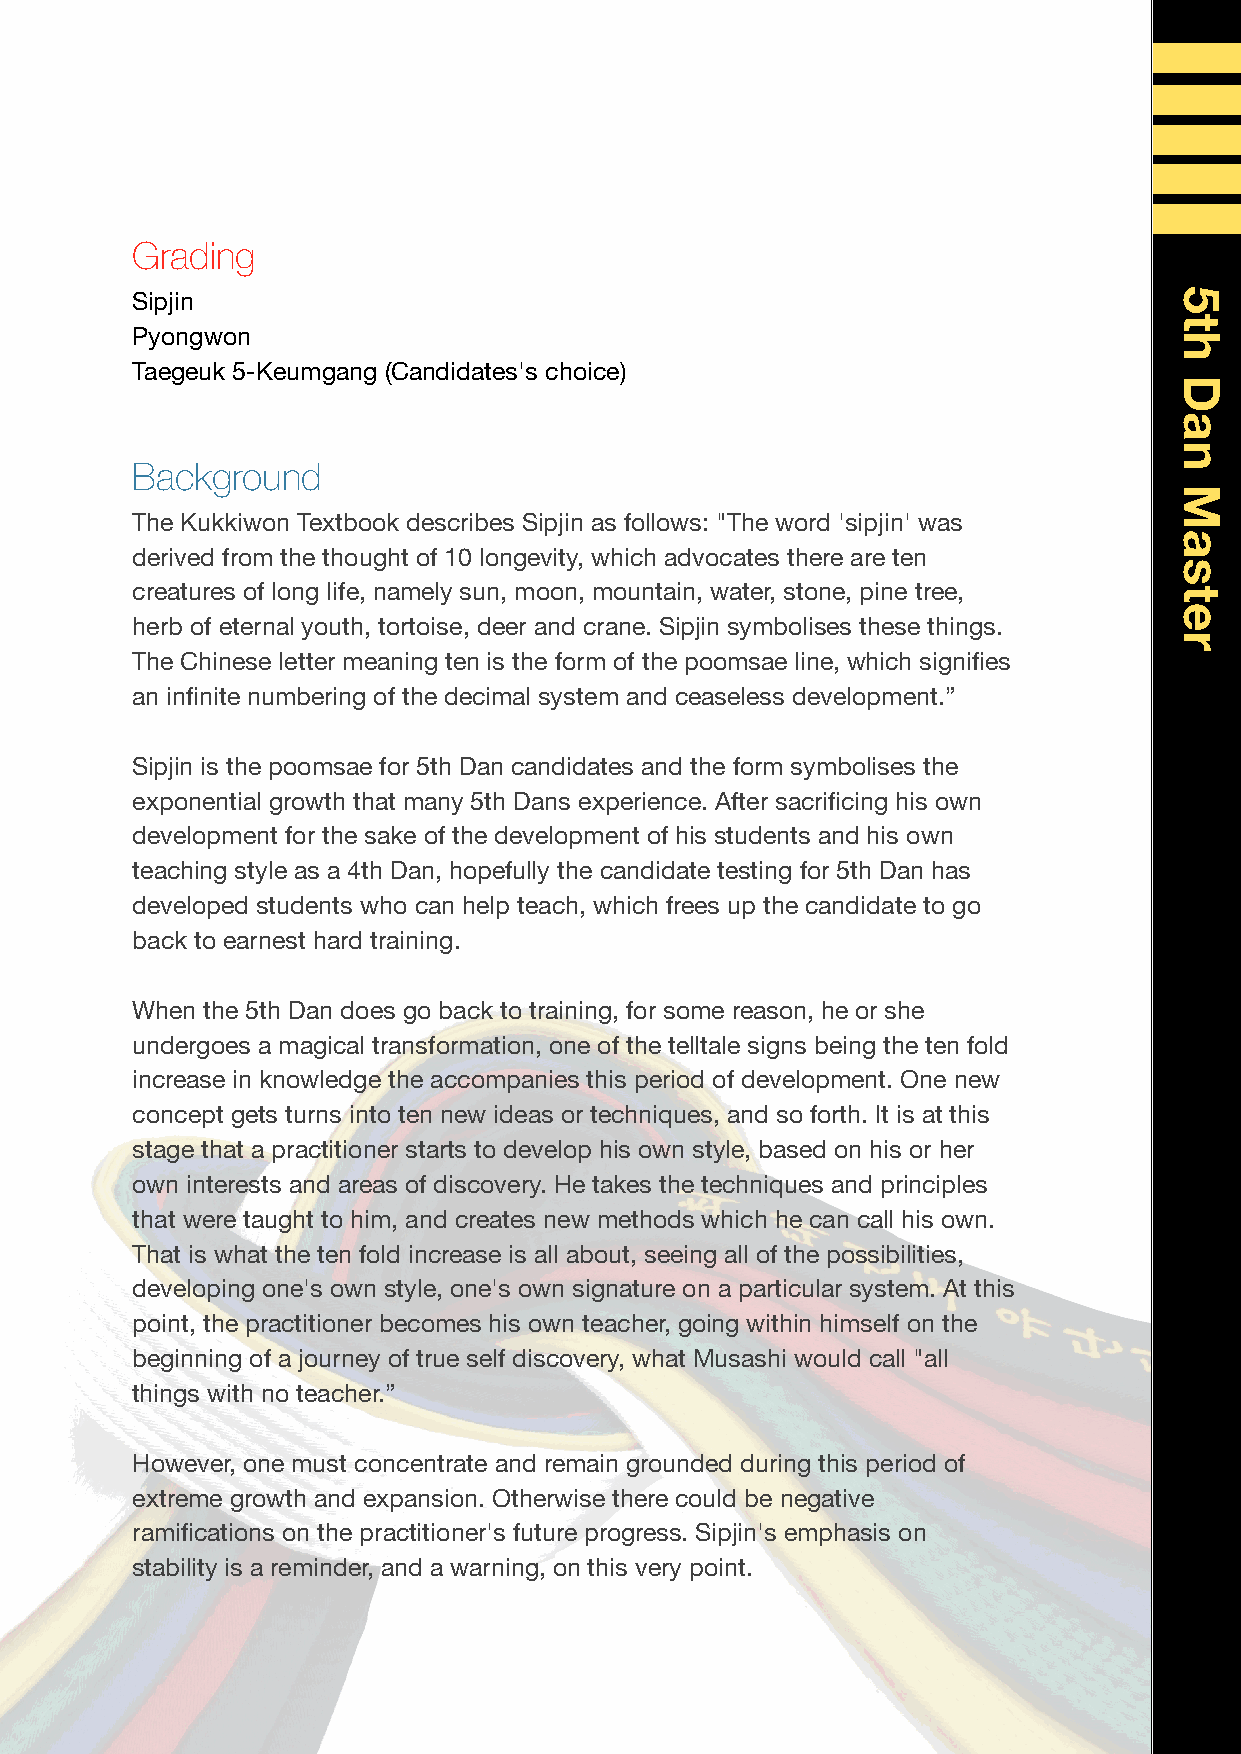
Grading
 Sipjin
 Pyongwon
 Taegeuk 5-Keumgang (Candidates's choice)
 Background
 The Kukkiwon Textbook describes Sipjin as follows: "The word 'sipjin' was
 derived from the thought of 10 longevity, which advocates there are ten
 creatures of long life, namely sun, moon, mountain, water, stone, pine tree,
 herb of eternal youth, tortoise, deer and crane. Sipjin symbolises these things.
 The Chinese letter meaning ten is the form of the poomsae line, which signifies
 an infinite numbering of the decimal system and ceaseless development.”
 Sipjin is the poomsae for 5th Dan candidates and the form symbolises the
 exponential growth that many 5th Dans experience. After sacrificing his own
 development for the sake of the development of his students and his own
 teaching style as a 4th Dan, hopefully the candidate testing for 5th Dan has
 developed students who can help teach, which frees up the candidate to go
 back to earnest hard training.
 When the 5th Dan does go back to training, for some reason, he or she
 undergoes a magical transformation, one of the telltale signs being the ten fold
 increase in knowledge the accompanies this period of development. One new
 concept gets turns into ten new ideas or techniques, and so forth. It is at this
 stage that a practitioner starts to develop his own style, based on his or her
 own interests and areas of discovery. He takes the techniques and principles
 that were taught to him, and creates new methods which he can call his own.
 That is what the ten fold increase is all about, seeing all of the possibilities,
 developing one's own style, one's own signature on a particular system. At this
 point, the practitioner becomes his own teacher, going within himself on the
 beginning of a journey of true self discovery, what Musashi would call "all
 things with no teacher.”
 However, one must concentrate and remain grounded during this period of
 extreme growth and expansion. Otherwise there could be negative
 ramifications on the practitioner's future progress. Sipjin's emphasis on
 stability is a reminder, and a warning, on this very point.
 5th
 Dan
 Master